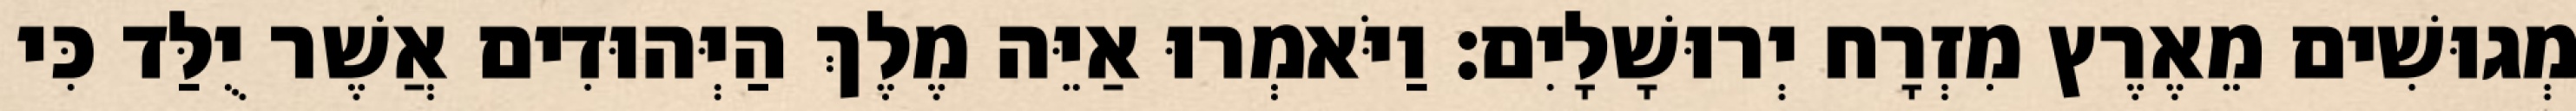
מְגוּשִׁים מֵאֶרֶץ מִזְרָח יְרוּשָׁלָיִם׃ וַיֹּאמְרוּ אַיֵּה מֶלֶךְ הַיְּהוּדִים אֲשֶׁר יֻלַּד כִּי